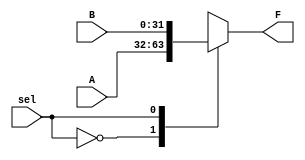
`timescale 1ns / 1ps
//////////////////////////////////////////////////////////////////////////////////
// Module Name: mux2_1
//////////////////////////////////////////////////////////////////////////////////


module Mux2_1(sel,A,B,F);
parameter N = 32;
input sel;
input [N-1:0] A,B;
output [N-1:0] F;
reg [N-1:0] F;
always @(A,B,sel) begin
case (sel)
   1'b0:F<=A;
   1'b1:F<=B;
endcase
end
endmodule